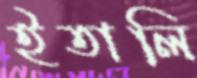
ইতালি